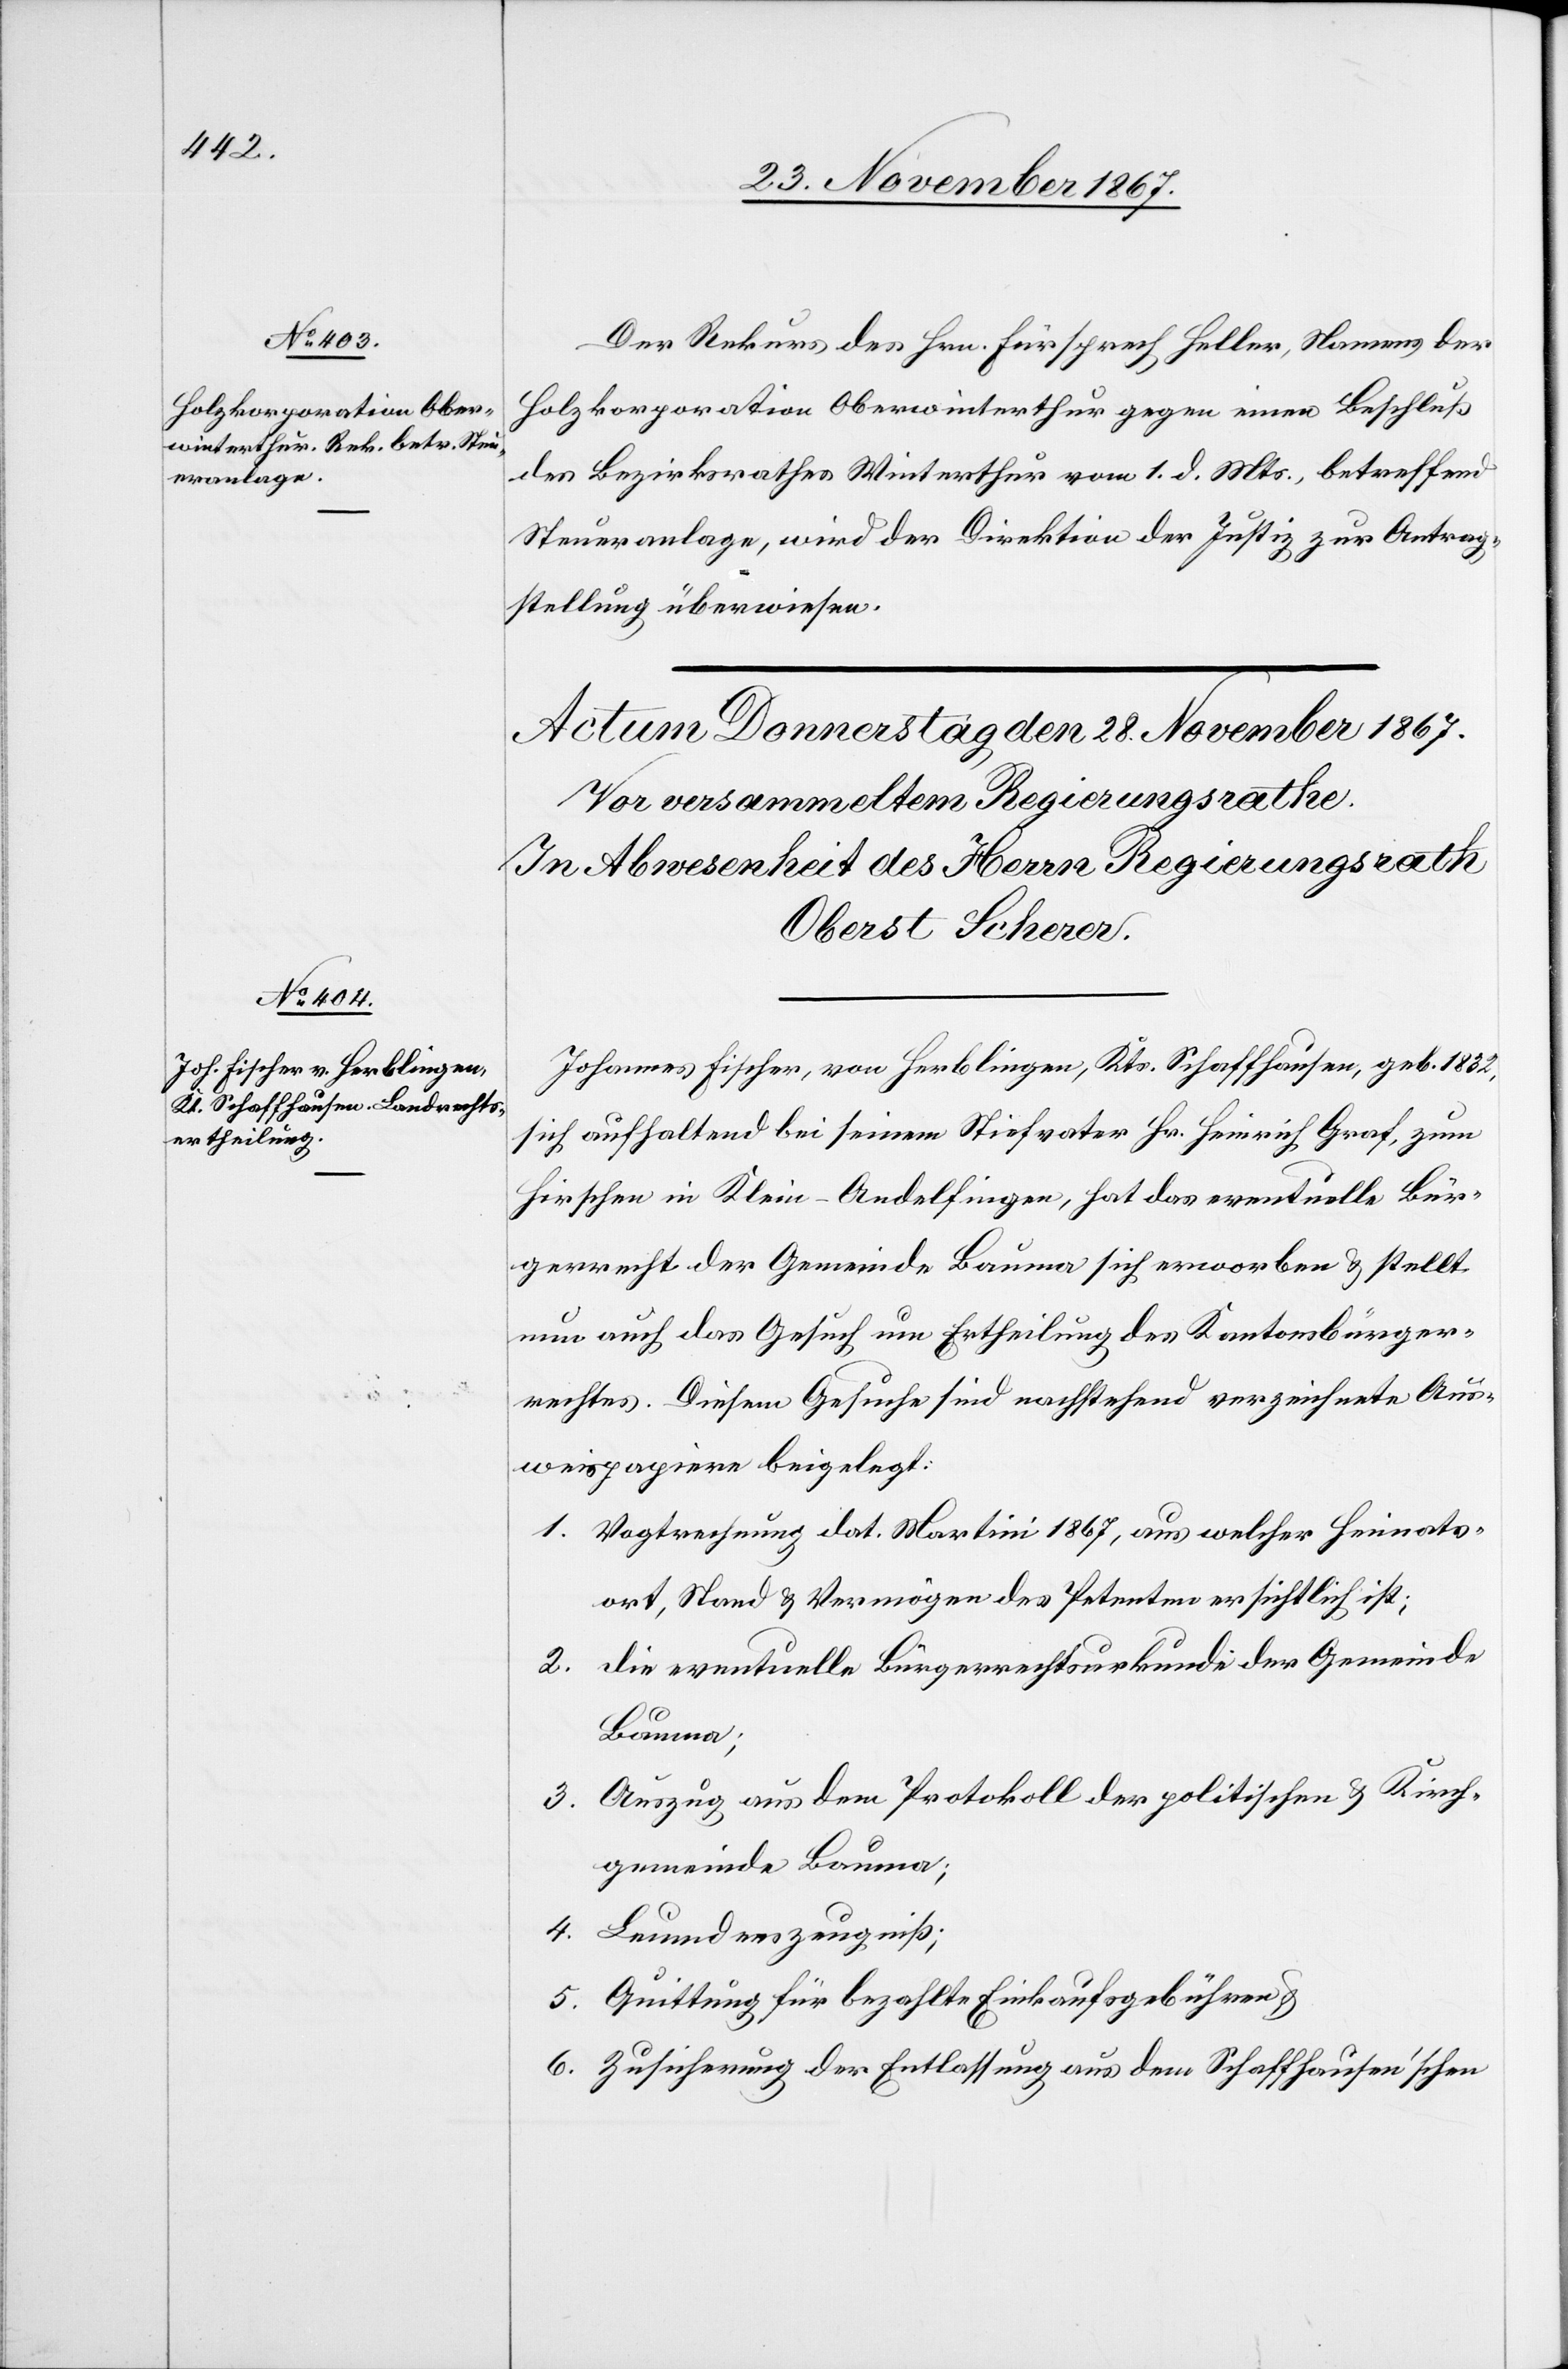
27. November 1867.]
Der Rekurs des Hrn. Fürspreche Heller, Namens der
Holzkorporation Oberwinterthur gegen einen Beschluß
des Bezirksrathes Winterthur vom 1. d. Mts., betreffend
Steueranlage, wird der Direktion der Justiz zur Antrag¬
stellung überwiesen.
Johannes Fischer, von Herblingen, Kts. Schaffhausen, geb. 1832,
sich aufhaltend bei seinem Stiefvater Hr. Heinrich Graf, zum
Hirschen in Klein-Andelfingen, hat das eventuelle Bür¬
gerrecht der Gemeinde Bauma sich erworben u. stellt
nun auch das Gesuch um Ertheilung des Kantonsbürger¬
rechtes. Diesem Gesuche sind nachstehend verzeichnete Aus¬
weispapiere beigelegt:
1. Vogtrechnung dat. Martini 1867, aus welcher Heimats¬
ort, Stand u. Vermögen des Petenten ersichtlich ist;
2. die eventuelle Bürgerrechtsurkunde der Gemeinde
Bauma;
Auszug aus dem Protokoll der politischen u. Kirch¬
3.
gemeinde Bauma;
4. Leumdenszeugniß;:
5. Quittung für bezahlte Einkaufsgebühren u.
6. Zusicherung der Entlassung aus dem Schaffhausen’schen